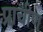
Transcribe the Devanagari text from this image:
प्रा़चीण